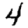
Digit: 4